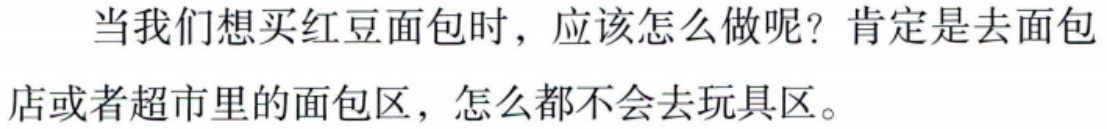
当我们想买红豆面包时，应该怎么做呢？肯定是去面包店或者超市里的面包区，怎么都不会去玩具区。